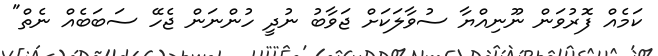
ކަމެއް ފޮރުވަން ނޫނިއްޔާ ސުވާލަކަށް ޖަވާބު ނުދީ ހުންނަން ޖެހޭ ސަބަބެއް ނެތް"